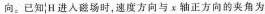
向。已知^{1}_{1}H 进入磁场时，速度方向与 x 轴正方向的夹角为